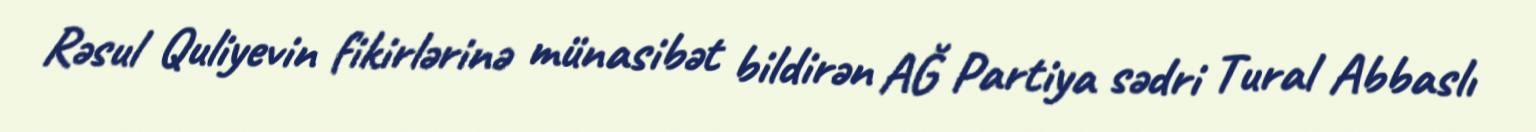
Rəsul Quliyevin fikirlərinə münasibət bildirən AĞ Partiya sədri Tural Abbaslı